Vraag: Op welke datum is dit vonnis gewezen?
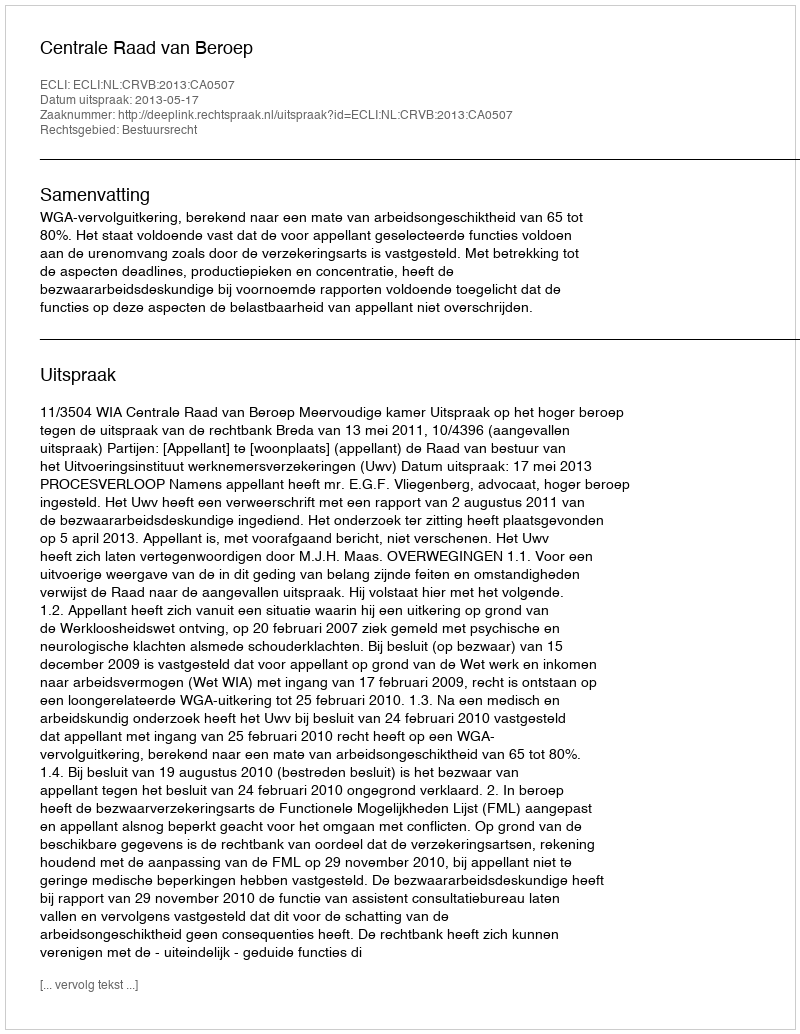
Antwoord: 2013-05-17